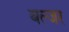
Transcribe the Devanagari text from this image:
बल्जर